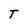
Character: T